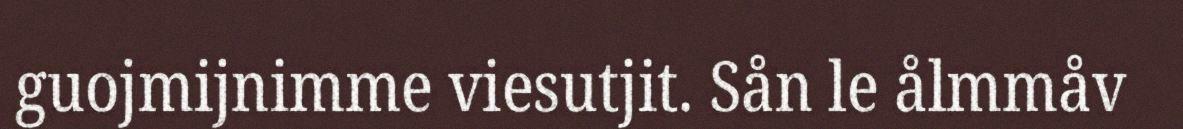
guojmijnimme viesutjit. Sån le ålmmåv